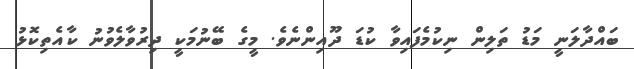
ބައްދާލަނީ މަޑު ތަލިން ނިކުމެފައިވާ ކުޑަ ދޫއިންނެވެ. މީގެ ބޭނުމަކީ ދިރުވާލެވުނު ކާއެތިކޮޅު